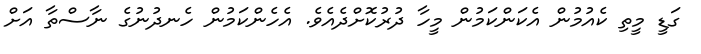
ގަޑީ މީތި ކެއުމުން އެކަންކަމުން މީހާ ދުރުކޮށްދެއެވެ. އެހެންކަމުން ހެނދުނުގެ ނާސްތާ އަށް